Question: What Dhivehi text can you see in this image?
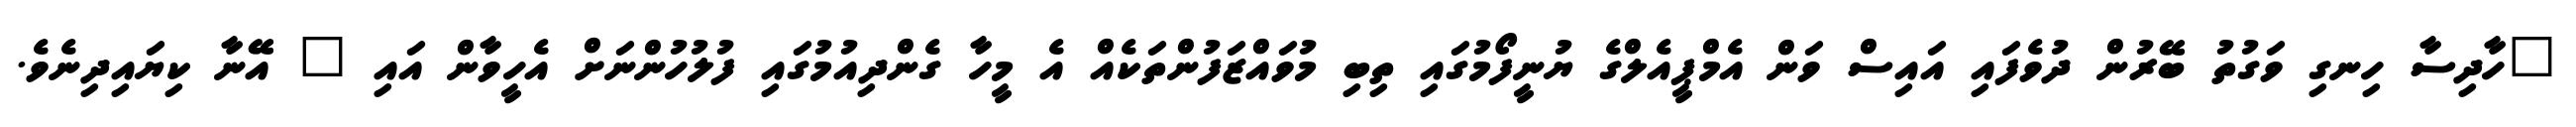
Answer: "ހާދިސާ ހިނގި ވަގުތު ބޭރުން ދުވެފައި އައިސް ވަން އެމްޕީއެލްގެ ޔުނީފޯމުގައި ތިބި މުވައްޒަފުންތަކެއް އެ މީހާ ގެންދިއުމުގައި ފުލުހުންނަށް އެހީވާން އައި " އޭނާ ކިޔައިދިނެވެ.